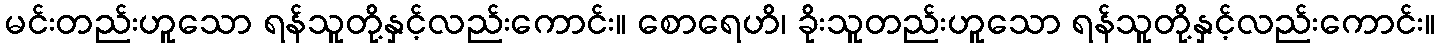
မင်းတည်းဟူသော ရန်သူတို့နှင့်လည်းကောင်း။ စောရေဟိ၊ ခိုးသူတည်းဟူသော ရန်သူတို့နှင့်လည်းကောင်း။